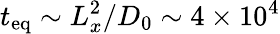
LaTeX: t_{\mathrm{eq}}\sim L_{x}^{2}/D_{0}\sim 4\times 10^{4}